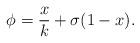
LaTeX: \begin{align*}\phi = \frac{x}{k} + \sigma(1-x).\end{align*}